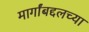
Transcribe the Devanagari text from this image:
मार्गांबद्दलच्या